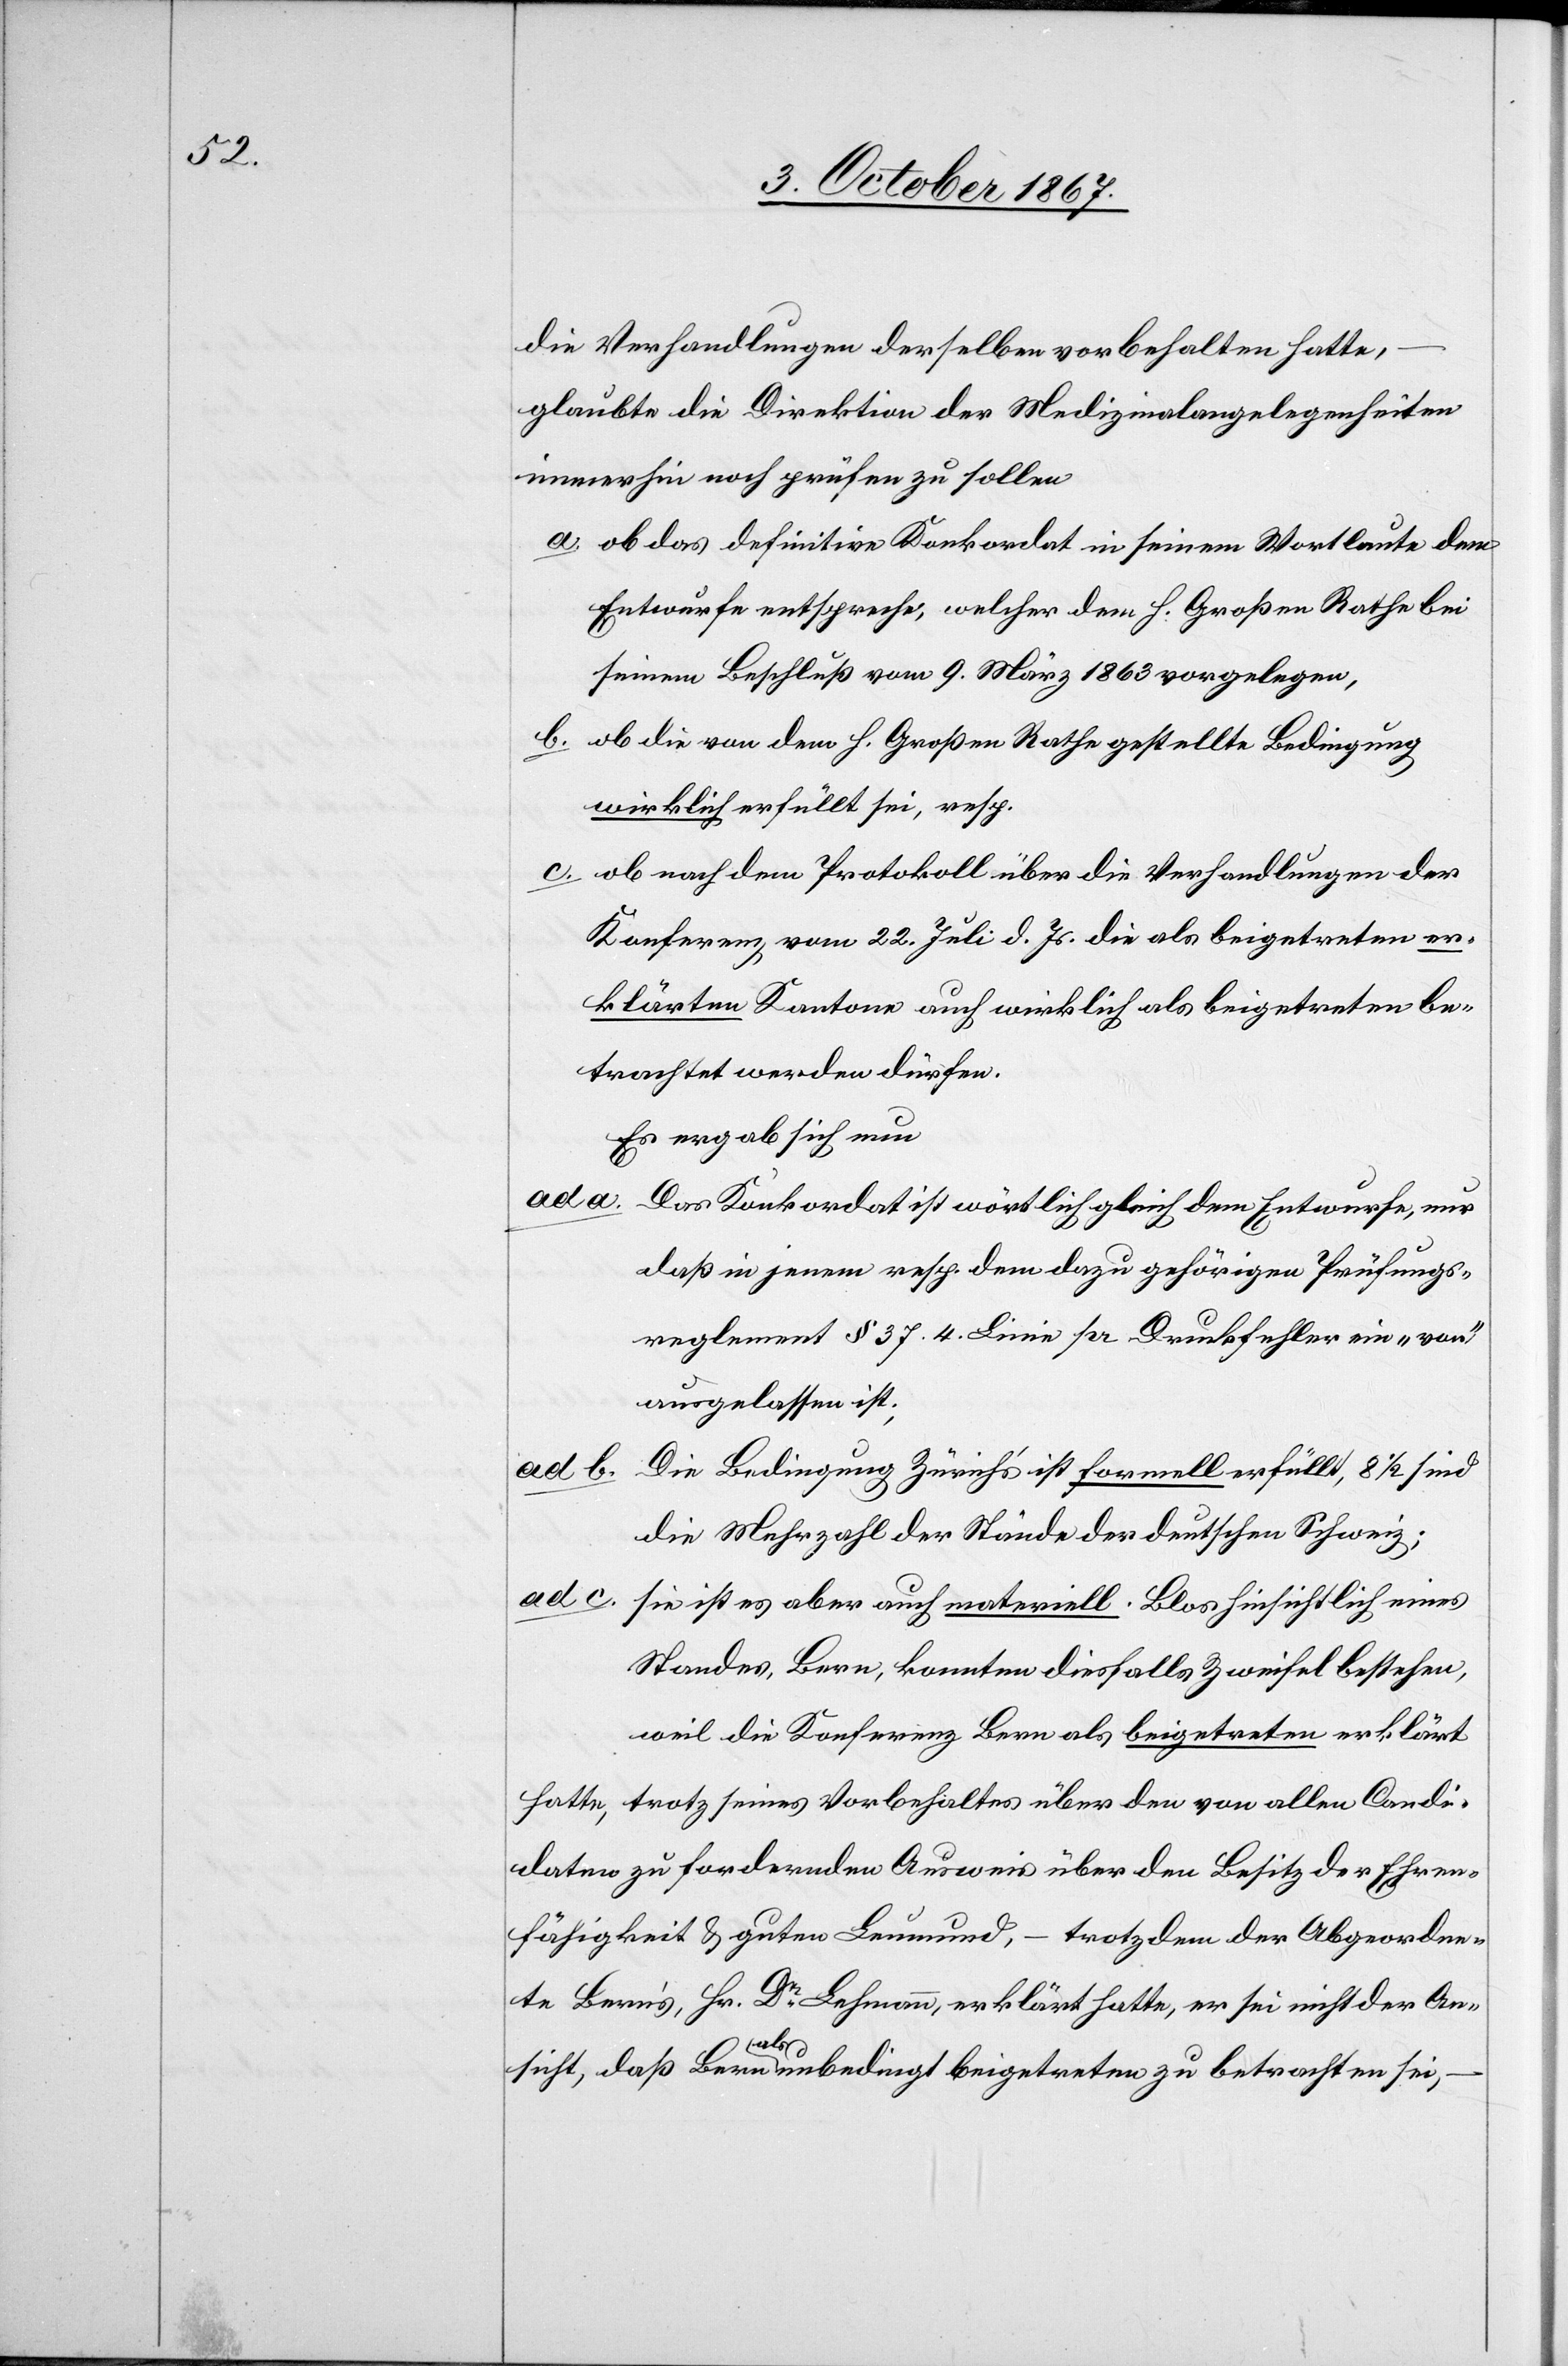
die Verhandlungen derselben vorbehalten hatte,
glaubte die Direktion der Medizinalangelegenheiten
immerhin noch prüfen zu sollen
a. ob das definitive Konkordat in seinem Wortlaute dem
Entwurfe entspreche, welcher dem h. Großen Rathe bei
seinem Beschluß vom 9. März 1863 vorgelegen,
b. ob die von dem h. Großen Rathe gestellte Bedingung
wirklich erfüllt sei, resp.
c. ob nach dem Protokoll über die Verhandlungen der
Konferenz vom 22. Juli d. Js. die als beigetreten er¬
klärten Kantone auch wirklich als beigetreten be¬
trachtet werden dürfen.
Es ergab sich nun
ad a.
Das Konkordat ist wörtlich gleich dem Entwurfe, nur
daß in jenem resp. dem dazu gehörigen Prüfungs¬
reglement § 37. 4. Linie pr. Druckfehler ein „von“
ausgelassen ist;
ad b.
Die Bedingung Zürich’s ist formell erfüllt, 8 ½ sind
die Mehrzahl der Stände der deutschen Schweiz;
ad c.
sie ist es aber auch materiell. Blos hinsichtlich eines
Standes, Bern, konnten diesfalls Zweifel bestehen,
weil die Konferenz Bern als beigetreten erklärt
hatte, trotz seines Vorbehaltes über den von allen Candi¬
daten zu fordernden Ausweis über den Besitz der Ehren¬
fähigkeit u. guten Leumund, – trotzdem der Abgeordne¬
te Bern’s, Hr. Dr Lehmann, erklärt hatte, er sei nicht der An¬
sicht, daß Bern als unbedingt beigetreten zu betrachten sei,